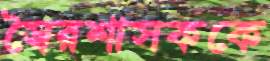
স্বৈরশাসককে